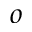
^ { o }